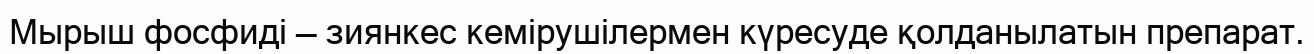
Мырыш фосфиді — зиянкес кемірушілермен күресуде қолданылатын препарат.